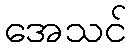
အေသင်